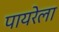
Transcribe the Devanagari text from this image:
पायरेला